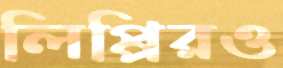
লিপ্পিরও